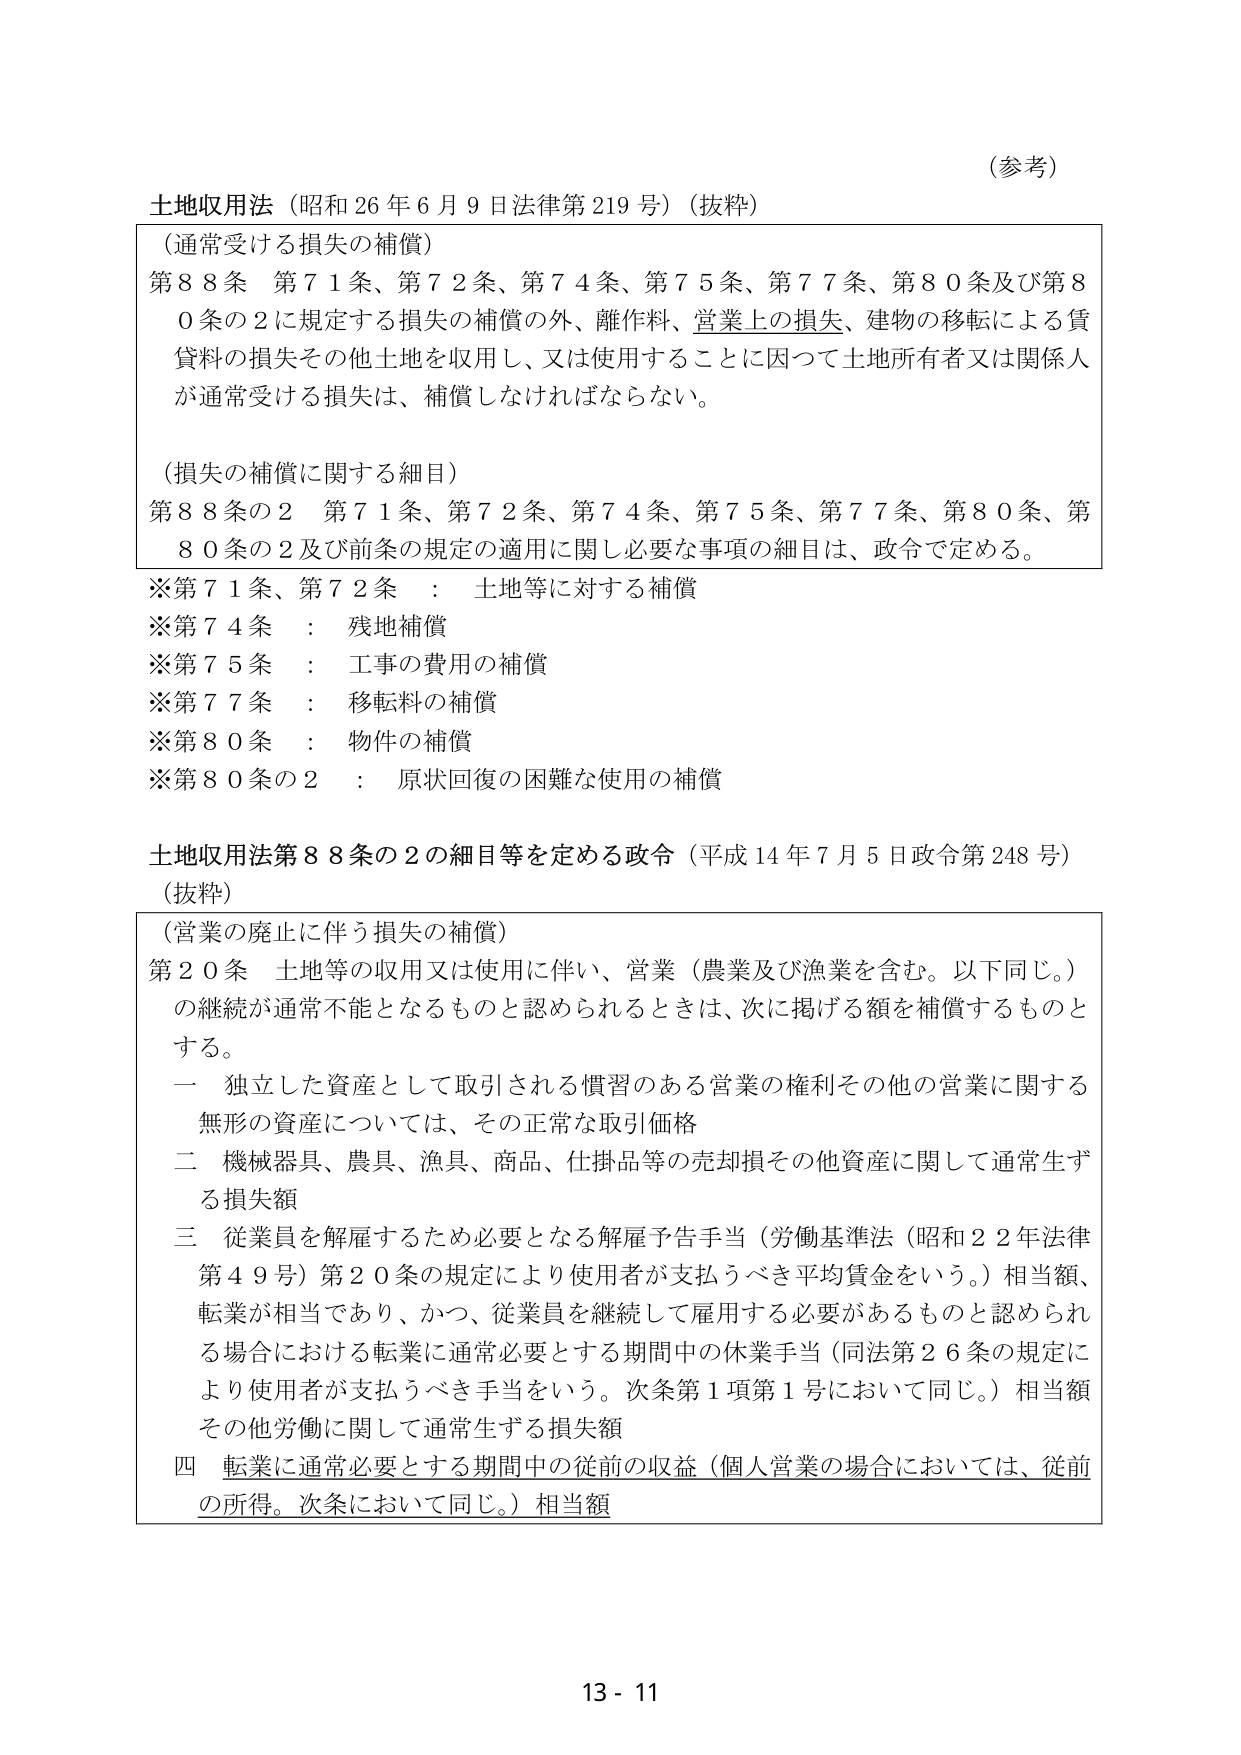
（参考）

土地収用法（昭和26年6月9日法律第219号）（抜粋）

（通常受ける損失の補償）
第88条 第71条、第72条、第74条、第75条、第77条、第80条及び第80条の2に規定する損失の補償の外、離作料、営業上の損失、建物の移転による賃貸料の損失その他土地を収用し、又は使用することに因つて土地所有者又は関係人が通常受ける損失は、補償しなければならない。

（損失の補償に関する細目）
第88条の2 第71条、第72条、第74条、第75条、第77条、第80条、第80条の2及び前条の規定の適用に関し必要な事項の細目は、政令で定める。

※第71条、第72条 ： 土地等に対する補償
※第74条 ： 残地補償
※第75条 ： 工事の費用の補償
※第77条 ： 移転料の補償
※第80条 ： 物件の補償
※第80条の2 ： 原状回復の困難な使用の補償

土地収用法第88条の2の細目等を定める政令（平成14年7月5日政令第248号）
（抜粋）

（営業の廃止に伴う損失の補償）
第20条 土地等の収用又は使用に伴い、営業（農業及び漁業を含む。以下同じ。）の継続が通常不能となるものと認められるときは、次に掲げる額を補償するものとする。

一 独立した資産として取引される慣習のある営業の権利その他の営業に関する無形の資産については、その正常な取引価格

二 機械器具、農具、漁具、商品、仕掛品等の売却損その他資産に関して通常生ずる損失額

三 従業員を解雇するため必要となる解雇予告手当（労働基準法（昭和22年法律第49号）第20条の規定により使用者が支払うべき平均賃金をいう。）相当額、転業が相当であり、かつ、従業員を継続して雇用する必要があるものと認められる場合における転業に通常必要とする期間中の休業手当（同法第26条の規定により使用者が支払うべき手当をいう。次条第1項第1号において同じ。）相当額その他労働に関して通常生ずる損失額

四 転業に通常必要とする期間中の従前の収益（個人営業の場合においては、従前の所得。次条において同じ。）相当額

13 - 11